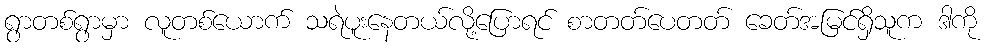
ရွာတစ်ရွာမှာ လူတစ်ယောက် သရဲပူးနေတယ်လို့ပြောရင် စာတတ်ပေတတ် ခေတ်အမြင်ရှိသူက ဒါကို